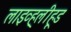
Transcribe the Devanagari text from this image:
लाइव्ह्‌लीहूड